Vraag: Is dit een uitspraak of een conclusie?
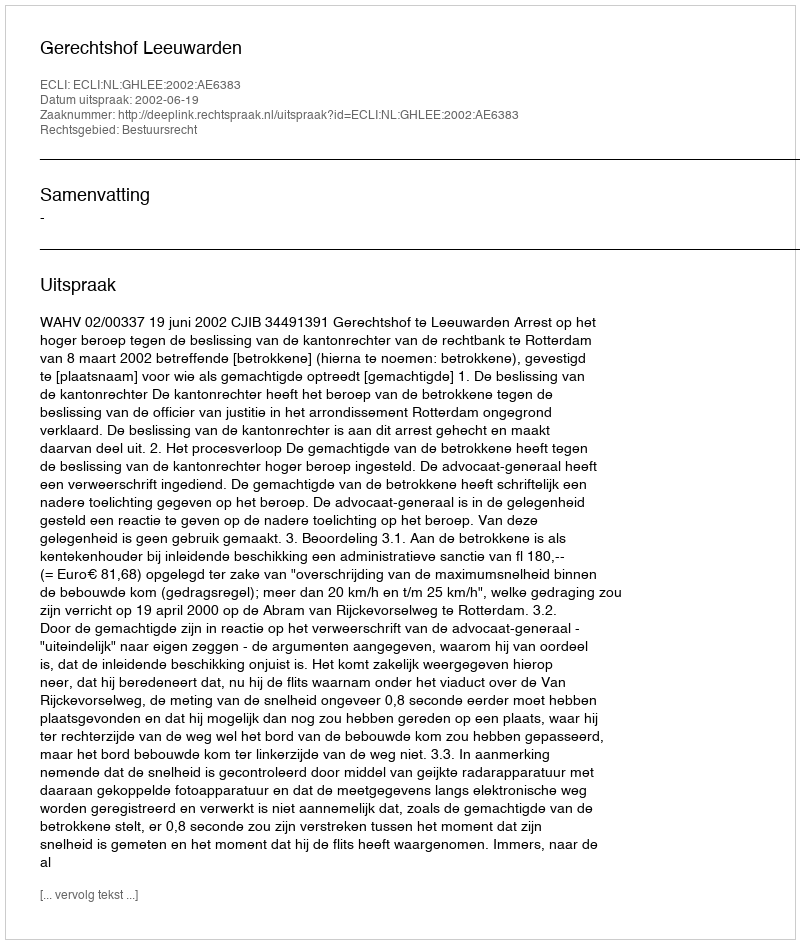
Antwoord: Uitspraak